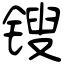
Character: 锼